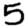
Digit: 5